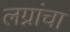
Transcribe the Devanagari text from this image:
लग्नांचा